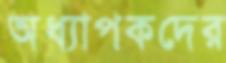
অধ্যাপকদের